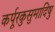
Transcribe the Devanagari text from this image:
कर्पूरकुसुमादिषु